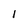
Character: 1